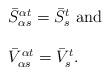
LaTeX: \begin{align*} \begin{array}{l}\bar{S}^{\alpha t}_{\alpha s} =\bar{S}^{t}_{s} \mbox{ and } \\\\\bar{V}^{\alpha t}_{\alpha s} =\bar{V}^{t}_{s}.\end{array}\end{align*}